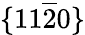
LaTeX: \{ 11\overline{{2}}0\}